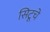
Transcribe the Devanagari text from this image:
सिटूचे